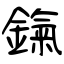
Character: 鎎